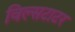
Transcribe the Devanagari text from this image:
विल्सटाटर